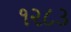
૧૨૮૩